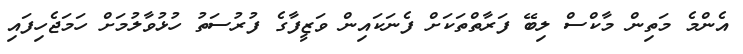
އެންމެ މަތިން މާކްސް ލިބޭ ފަރާތްތަކަށް ފެނަކައިން ވަޒީފާގެ ފުރުސަތު ހުޅުވާލުމަށް ހަމަޖެހިފައި